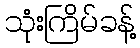
သုံးကြိမ်ခန့်